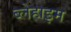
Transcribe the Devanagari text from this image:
ब्लेहाइम